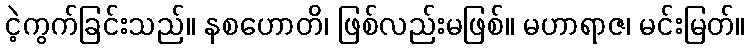
ငဲ့ကွက်ခြင်းသည်။ နစဟောတိ၊ ဖြစ်လည်းမဖြစ်။ မဟာရာဇ၊ မင်းမြတ်။